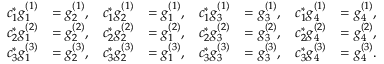
\begin{array} { r l r l r l r l } { c _ { 1 } ^ { \ast } g _ { 1 } ^ { ( 1 ) } } & { = g _ { 2 } ^ { ( 1 ) } , } & { c _ { 1 } ^ { \ast } g _ { 2 } ^ { ( 1 ) } } & { = g _ { 1 } ^ { ( 1 ) } , } & { c _ { 1 } ^ { \ast } g _ { 3 } ^ { ( 1 ) } } & { = g _ { 3 } ^ { ( 1 ) } , } & { c _ { 1 } ^ { \ast } g _ { 4 } ^ { ( 1 ) } } & { = g _ { 4 } ^ { ( 1 ) } , } \\ { c _ { 2 } ^ { \ast } g _ { 1 } ^ { ( 2 ) } } & { = g _ { 2 } ^ { ( 2 ) } , } & { c _ { 2 } ^ { \ast } g _ { 2 } ^ { ( 2 ) } } & { = g _ { 1 } ^ { ( 2 ) } , } & { c _ { 2 } ^ { \ast } g _ { 3 } ^ { ( 2 ) } } & { = g _ { 3 } ^ { ( 2 ) } , } & { c _ { 2 } ^ { \ast } g _ { 4 } ^ { ( 2 ) } } & { = g _ { 4 } ^ { ( 2 ) } , } \\ { c _ { 3 } ^ { \ast } g _ { 1 } ^ { ( 3 ) } } & { = g _ { 2 } ^ { ( 3 ) } , } & { c _ { 3 } ^ { \ast } g _ { 2 } ^ { ( 3 ) } } & { = g _ { 1 } ^ { ( 3 ) } , } & { c _ { 3 } ^ { \ast } g _ { 3 } ^ { ( 3 ) } } & { = g _ { 3 } ^ { ( 3 ) } , } & { c _ { 3 } ^ { \ast } g _ { 4 } ^ { ( 3 ) } } & { = g _ { 4 } ^ { ( 3 ) } . } \end{array}